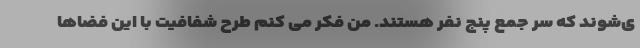
ی‌شوند که سر جمع پنج نفر هستند. من فکر می کنم طرح شفافیت با این فضاها